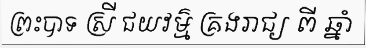
ព្រះបាទ ស្រី ជយវម៌្ម គ្រងរាជ្យ ពី ឆ្នាំ